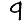
Digit: 9